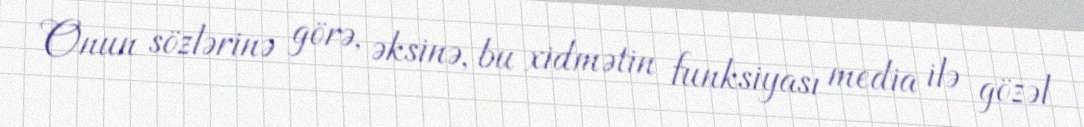
Onun sözlərinə görə, əksinə, bu xidmətin funksiyası media ilə gözəl